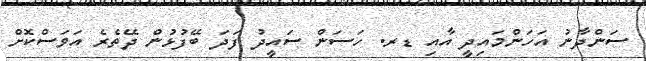
ސަންދާނު އަހަންމައިދީ އާއި ޑރ. ހަސަން ސައީދު ފަދަ ބޭފުޅުން ދޭތެރެ އަވަސްކޮށް